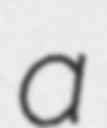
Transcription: a